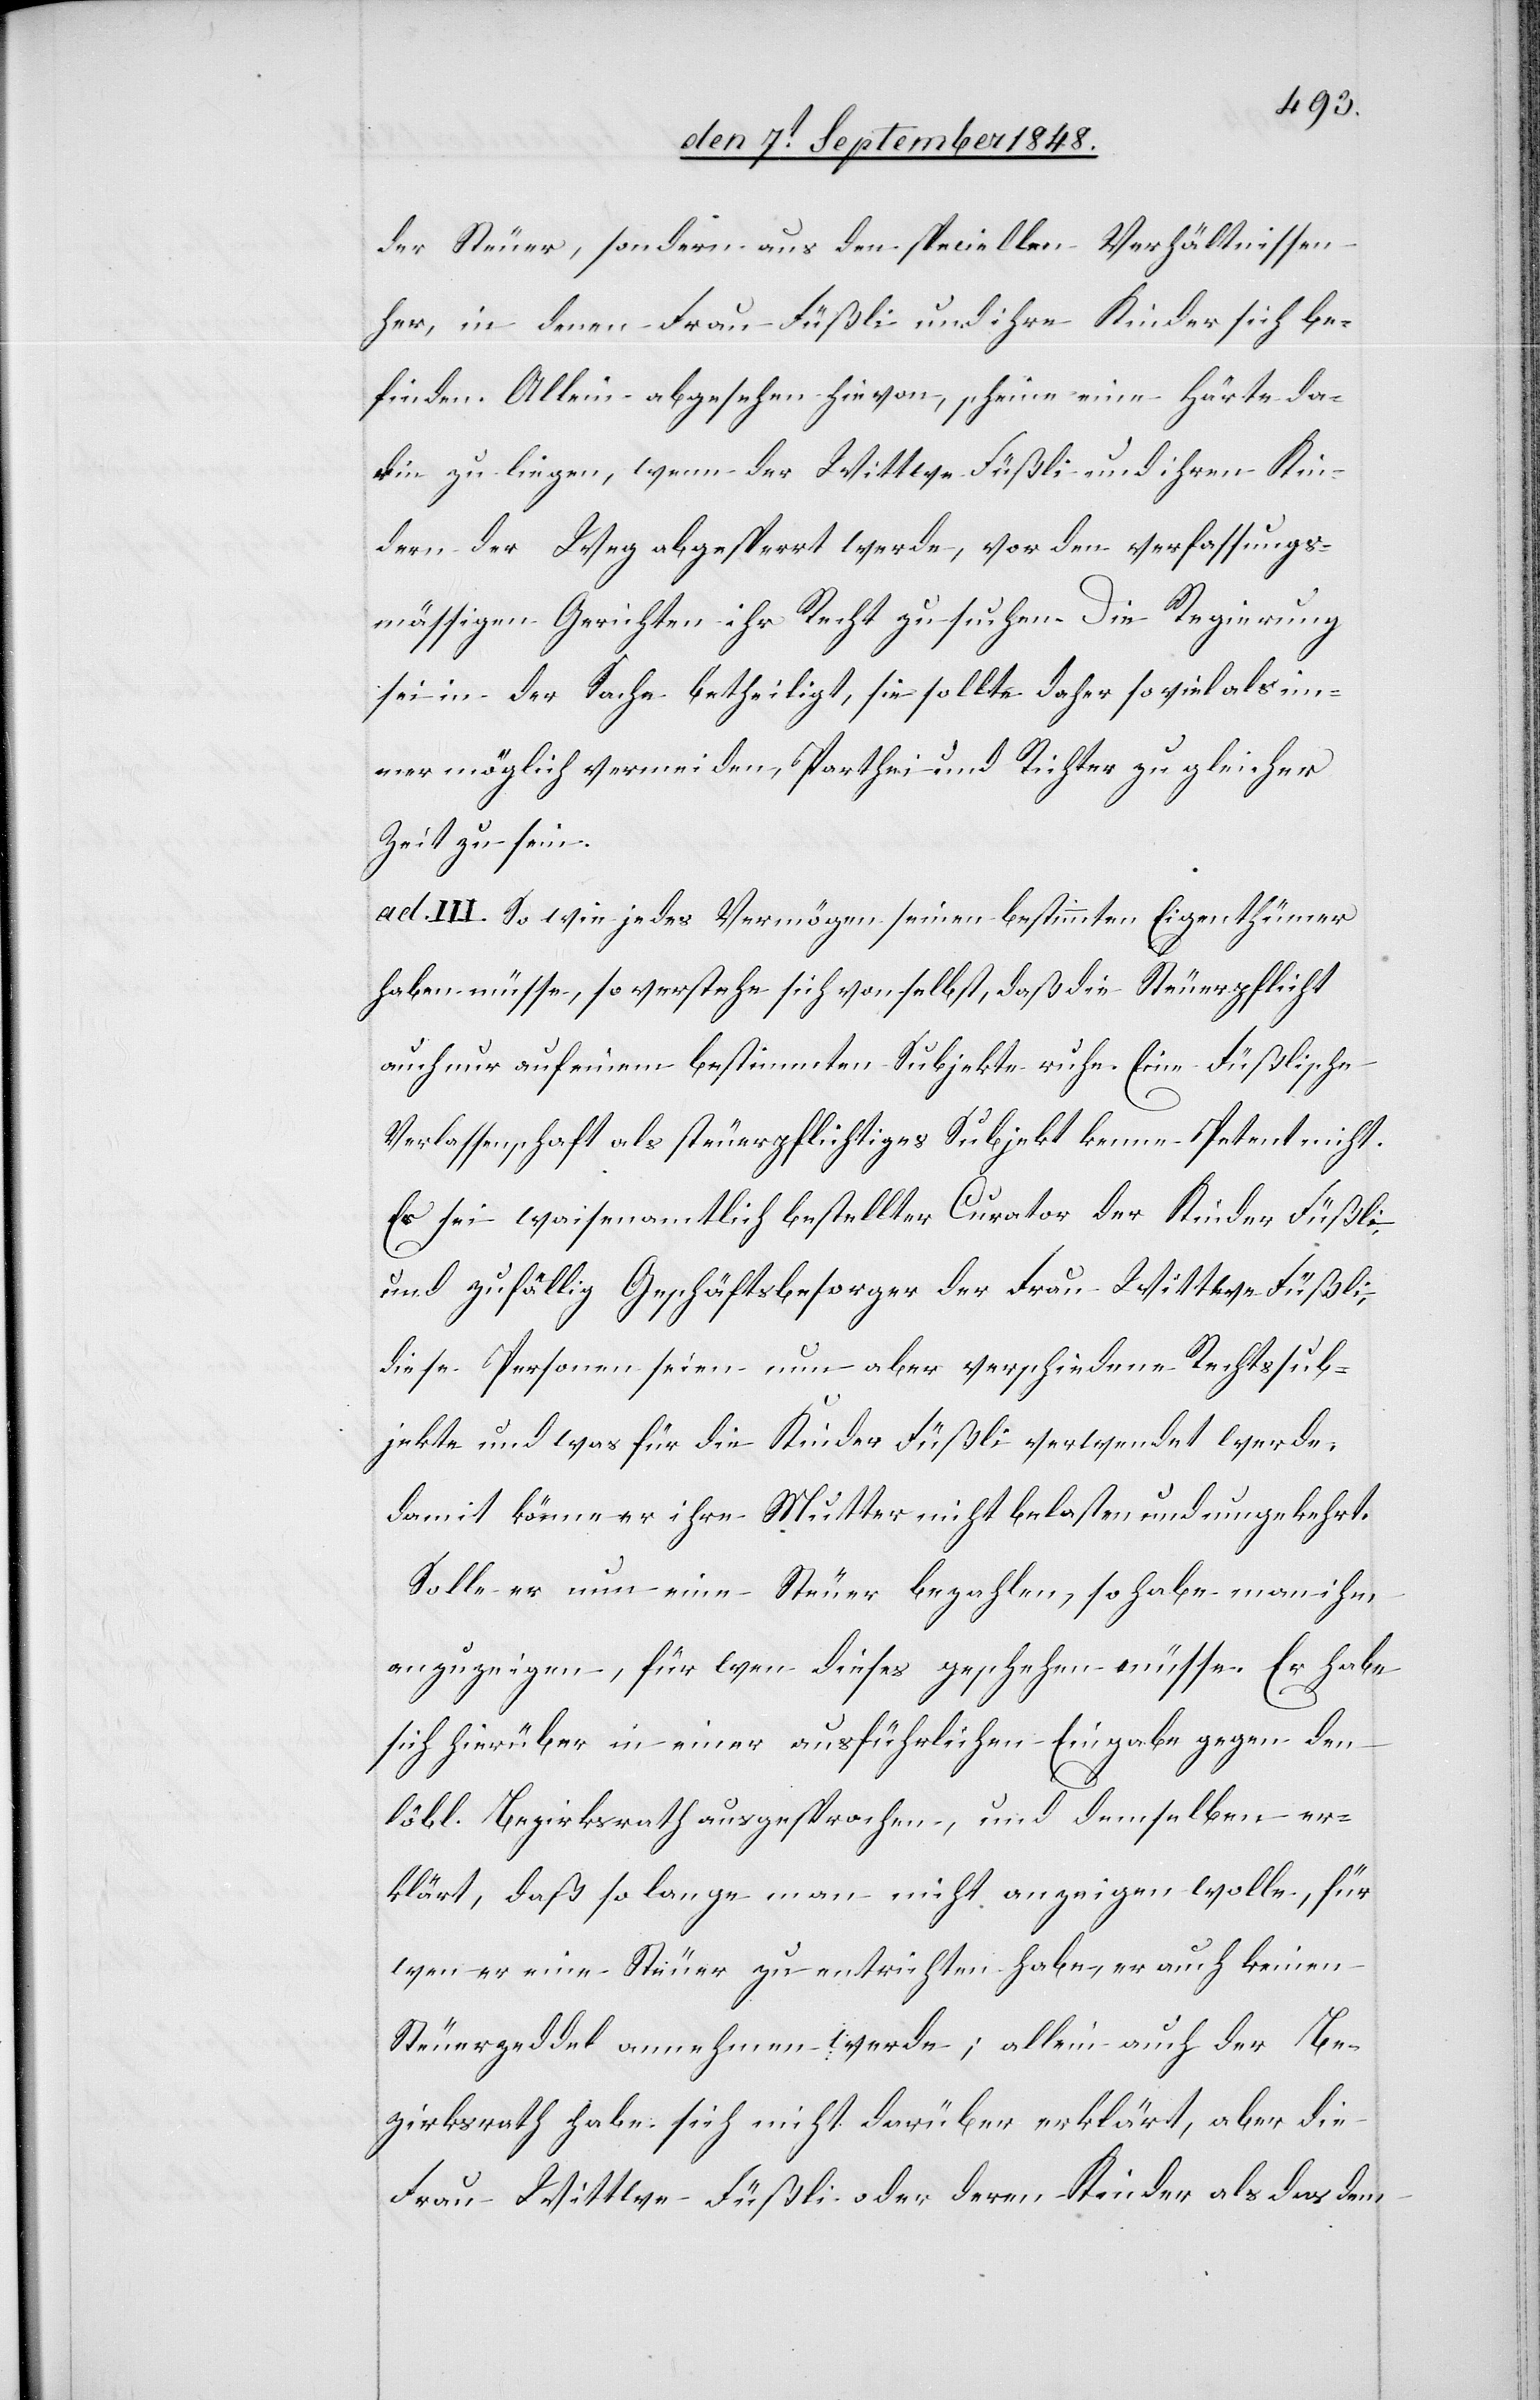
der Steuer, sondern aus den speciellen Verhältnissen
her, in denen Frau Füßli und ihre Kinder sich be¬
finden. Allein abgesehen hievon, scheine eine Härte da¬
rin zu liegen, wenn der Wittwe Füßli und ihren Kin¬
dern der Weg abgesperrt werde, vor den verfassungs¬
mässigen Gerichten ihr Recht zu suchen. Die Regierung
sei in der Sache betheiligt, sie sollte daher so viel als im¬
mer möglich vermeiden, Parthei und Richter zu gleicher
Zeit zu sein.
ad. III: So wie jedes Vermögen seinen bestimmten Eigenthümer
haben müsse, so verstehe sich von selbst, daß die Steuerpflicht
auch nur auf einem bestimmen Subjekte ruhe. Eine Füßlische
Verlassenschaft als steuerpflichtiges Subjekt kenne Petent nicht.
Er sei waisenamtlich bestellter Curator der Kinder Füßli
und zufällig Geschäftsbesorger der Frau Wittwe Füßli,
diese Personen seien nun aber verschiedene Rechtssub¬
jekte und was für die Kinder Füßli verwendet werde,
damit könne er ihre Mutter nicht belasten und umgekehrt.
Solle er nun eine Steuer bezahlen, so habe man ihm
anzuzeigen, für wen dieses geschehen müsse. Er habe
sich hierüber in einer ausführlichen Eingabe gegen den
löbl. Bezirksrath ausgesprochen, und demselben er¬
klärt, daß so lange man nicht anzeigen wolle, für
wen er eine Steuer zu entrichten habe, er auch keinen
Steuerzeddel annehmen werde; allein auch der Be¬
zirksrath habe sich nicht darüber erklärt, aber die
Frau Wittwe Füßli oder deren Kinder als das dem